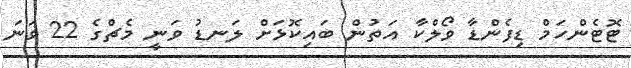
ޓޮޓެންހަމް ޑިފެންޑާ ވޯލްކާ އަތުން ބައިކޮޅަށް ލަނޑު ވަނީ މެޗްގެ 22 ވަނަ